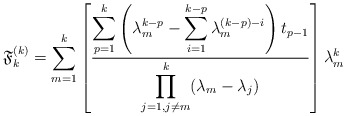
\begin{align*}\mathfrak{F}_k^{(k)}=\sum_{m=1}^{k} \left[\displaystyle \frac{\displaystyle\sum_{p=1}^{k}\left(\lambda_m^{k-p}-\displaystyle\sum_{i=1}^{k-p}\lambda_m^{(k-p)-i}\right)t_{p-1}}{\displaystyle \prod_{j=1, j\neq m}^{k}(\lambda_m - \lambda_j)} \right] \lambda_m^k \end{align*}